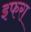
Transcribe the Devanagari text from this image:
इफरा